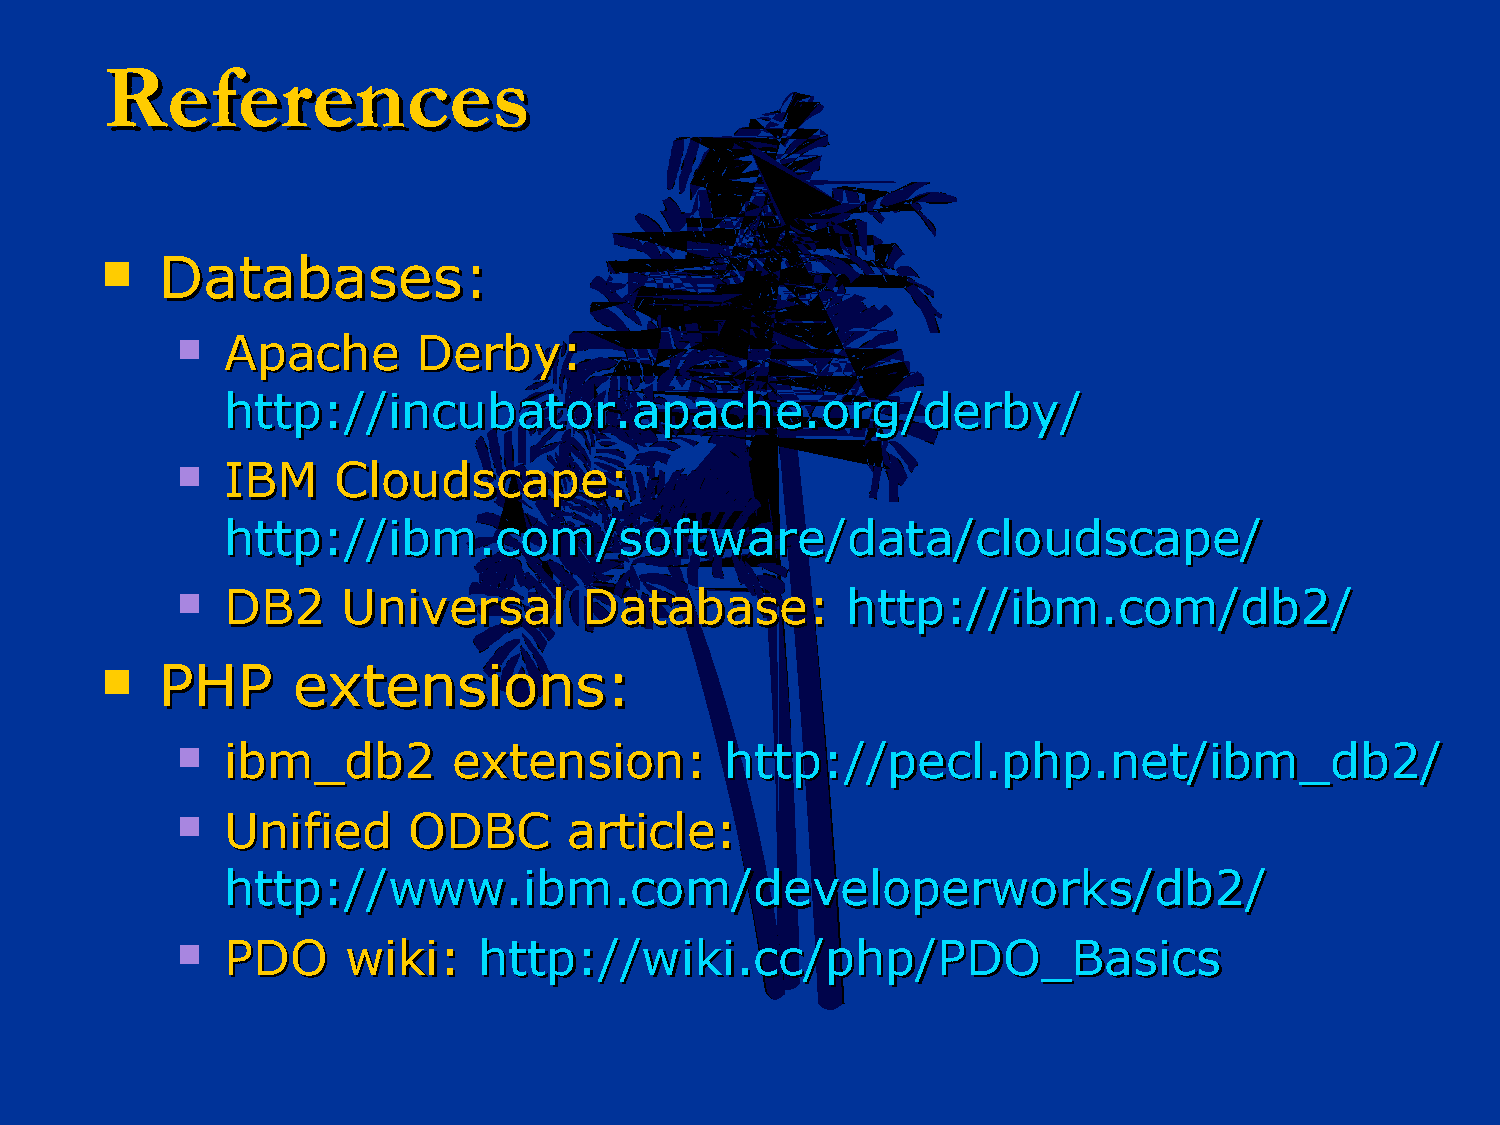
RReeffeerreenncceess
   DDaattaabbaasseess::
   AAppaacchhee DDeerrbbyy::
 hhttttpp::////iinnccuubbaattoorr..aappaacchhee..oorrgg//ddeerrbbyy//
   IIBBMM CClloouuddssccaappee::
 hhttttpp::////iibbmm..ccoomm//ssooffttwwaarree//ddaattaa//cclloouuddssccaappee//
   DDBB22  UUnniivveerrssaall DDaattaabbaassee:: hhttttpp::////iibbmm..ccoomm//ddbb22//
   PPHHPP   eexxtteennssiioonnss::
   iibbmm__ddbb22 eexxtteennssiioonn:: hhttttpp::////ppeeccll..pphhpp..nneett//iibbmm__ddbb22//
   UUnniiffiieedd OODDBBCC aarrttiiccllee::
 hhttttpp::////wwwwww..iibbmm..ccoomm//ddeevveellooppeerrwwoorrkkss//ddbb22//
   PPDDOO  wwiikkii:: hhttttpp::////wwiikkii..cccc//pphhpp//PPDDOO__BBaassiiccss